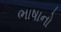
ભાષાનો